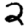
Digit: 2